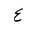
Letter: _ayn